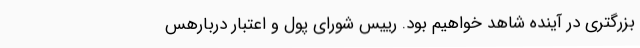
بزرگتری در آینده شاهد خواهیم بود. رییس شورای پول و اعتبار دربارهس